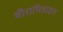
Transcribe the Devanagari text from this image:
वीरामिडाइन